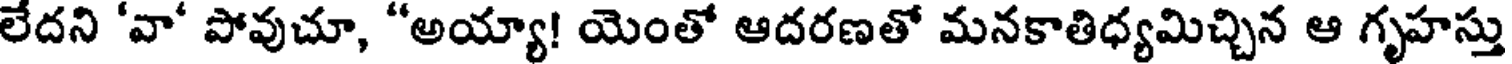
లేదని 'వా' పోవుచూ, "అయ్యా! యెంతో ఆదరణతో మనకాతిధ్యమిచ్చిన ఆ గృహస్తు